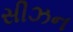
સીઝન